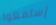
إستمعوا